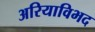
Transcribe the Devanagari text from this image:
अरियाविभद